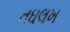
તઘલખ